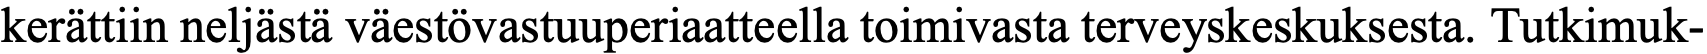
kerättiin neljästä väestövastuuperiaatteella toimivasta terveyskeskuksesta. Tutkimuk-